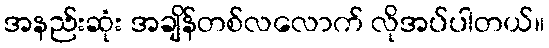
အနည်းဆုံး အချိန်တစ်လလောက် လိုအပ်ပါတယ်။